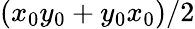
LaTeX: (x_{0}y_{0}+y_{0}x_{0})/2